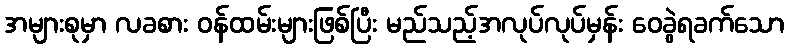
အများစုမှာ လခစား ဝန်ထမ်းများဖြစ်ပြီး မည်သည့်အလုပ်လုပ်မှန်း ဝေခွဲရခက်သော